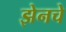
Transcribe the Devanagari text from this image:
झेनचे